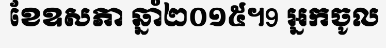
ខែឧសភា ឆ្នាំ២០១៥។9 អ្នកចូល